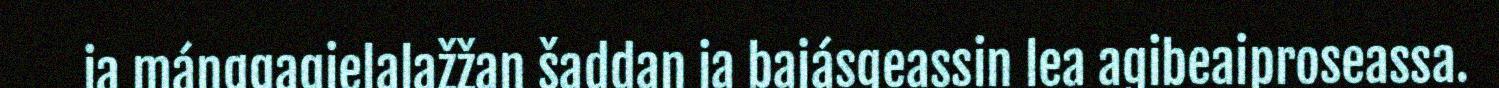
ja máŋggagielalažžan šaddan ja bajásgeassin lea agibeaiproseassa.